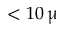
< 1 0 \, \upmu